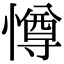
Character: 𭞵